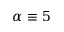
\alpha \equiv 5